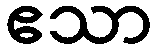
ဧသာ